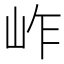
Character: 岞